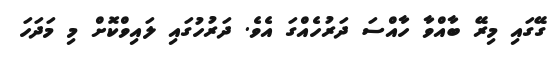
ގޭގައި މިރޭ ބާއްވާ ހާއްސަ ދަރުހެއްގަ އެވެ. ދަރުހުގައި ލައިވްކޮށް މި މަދަހަ